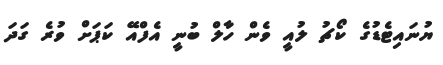
ޔުނައިޓެޑުގެ ކޯޗު ލުއީ ވެން ހާލް ބުނީ އެފްއޭ ކަޕަށް ވުރެ ގަދަ